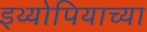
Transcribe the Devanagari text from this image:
इथ्योपियाच्या